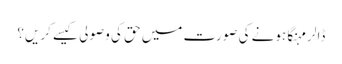
ڈالر مہنگا ہونے کی صورت میں حق کی وصولی کیسے کریں؟